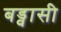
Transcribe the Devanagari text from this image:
बड्वासी